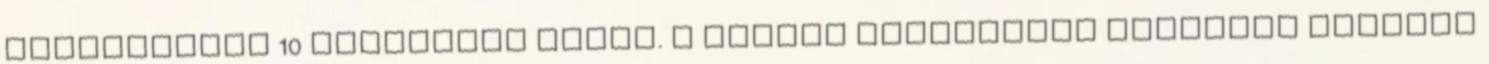
forgalmának 10 százaléka lehet. A bírság összegének növelése mellett